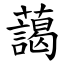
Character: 藹